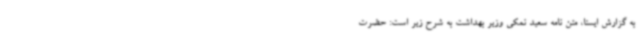
به گزارش ایسنا، متن نامه سعید نمکی وزیر بهداشت به شرح زیر است: حضرت